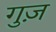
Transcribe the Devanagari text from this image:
गुज़